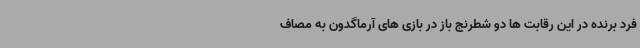
فرد برنده در این رقابت ها دو شطرنج باز در بازی های آرماگدون به مصاف